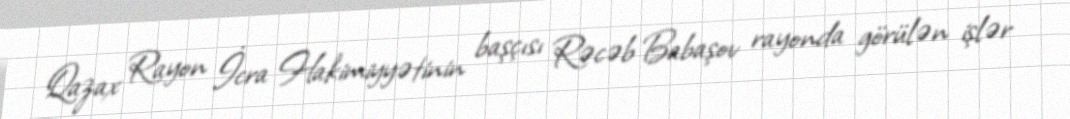
Qazax Rayon İcra Hakimiyyətinin başçısı Rəcəb Babaşov rayonda görülən işlər